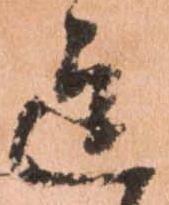
迄